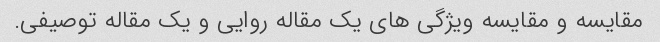
مقایسه و مقایسه ویژگی های یک مقاله روایی و یک مقاله توصیفی.